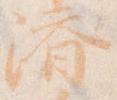
済